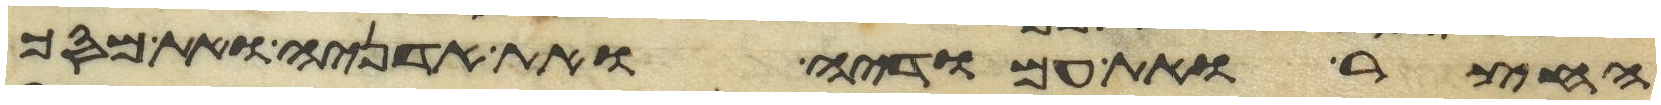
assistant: החצר ואת עמודיה ואת אדניה ואת מסך